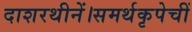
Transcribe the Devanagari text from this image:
दाशरथीनें।समर्थकृपेचीं